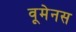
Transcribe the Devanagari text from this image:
वूमेनस